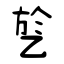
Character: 乻